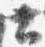
土